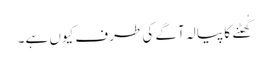
گُھٹنے کا پیالہ آگے کی طرف کیوں ہے۔